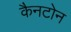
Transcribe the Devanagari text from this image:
कैनटोन